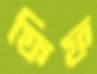
ফিফ